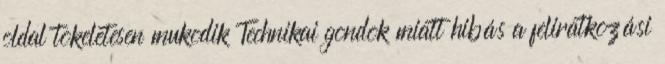
oldal tokeletesen mukodik Technikai gondok miatt hibás a feliratkozási